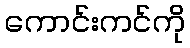
ကောင်းကင်ကို